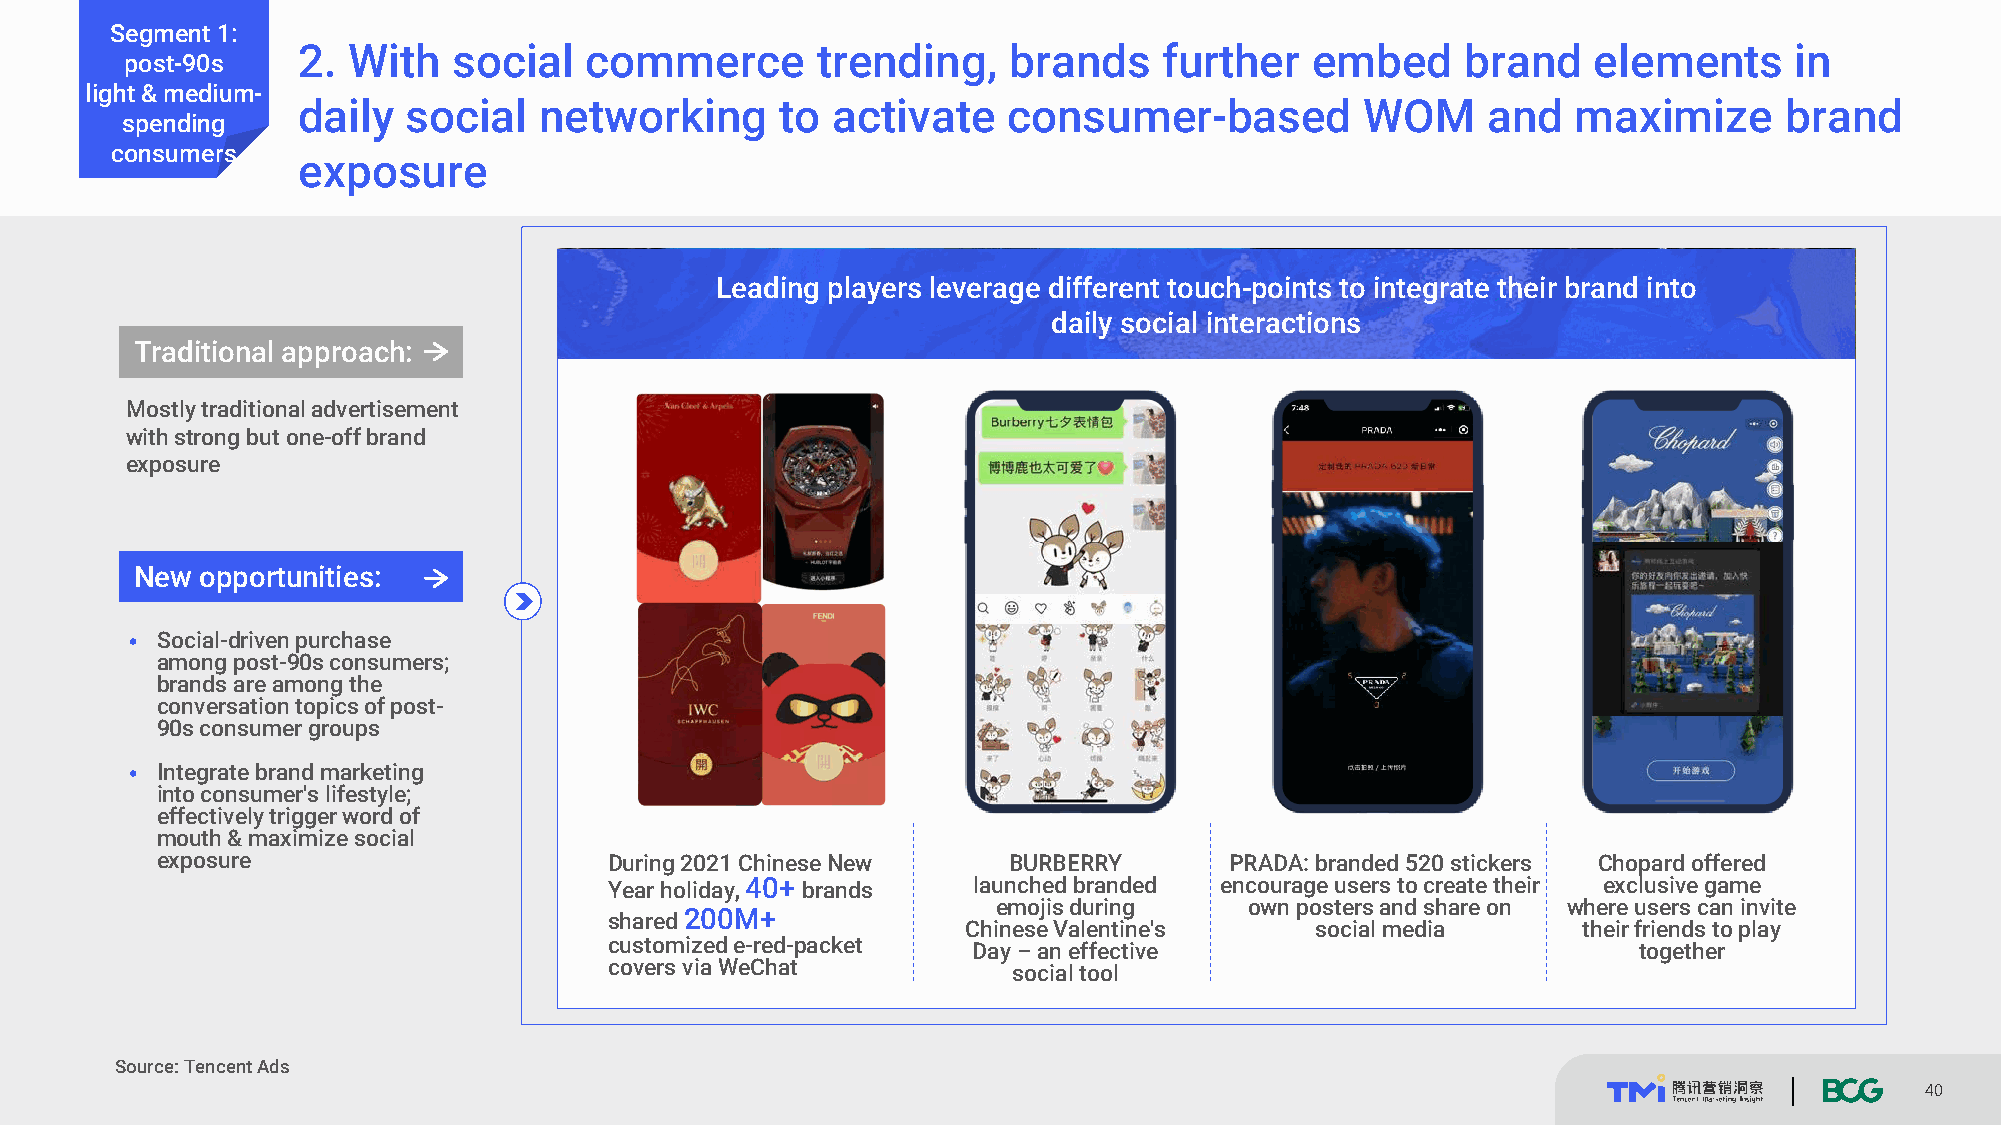
Segment 1:
 2. With   social   commerce       trending,    brands    further   embed     brand   elements      in
 post-90s
 light & medium-
 daily  social   networking      to activate    consumer-based         WOM     and   maximize      brand
 spending
 consumers
 exposure
 Leading players leverage different touch-points to integrate their brand into
 daily social interactions
 Traditional approach:
 Mostly traditional advertisement
 with strong but one-off brand
 exposure
 New opportunities:
 • Social-driven purchase
 among post-90s consumers;
 brands are among the
 conversation topics of post-
 90s consumer groups
 • Integrate brand marketing
 into consumer's lifestyle;
 effectively trigger word of
 mouth & maximize social
 exposure                      During 2021 Chinese New    BURBERRY      PRADA: branded 520 stickers Chopardoffered
 Year holiday, 40+ brands launched branded encourage users to create their exclusive game
 emojis during    own posters and share on where users can invite
 shared 200M+
 Chinese Valentine's    social media      their friends to play
 customized e-red-packet Day –an effective                           together
 covers via WeChat          social tool
 Source: Tencent Ads
 40